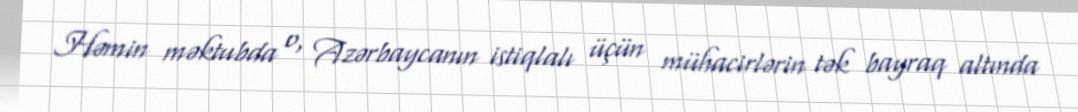
Həmin məktubda o, Azərbaycanın istiqlalı üçün mühacirlərin tək bayraq altında